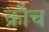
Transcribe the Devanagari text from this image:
क्रौच